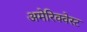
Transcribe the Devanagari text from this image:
अमेरिक्वेस्ट